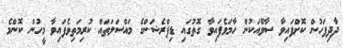
ދާދިފަހުން ކޮށްފައިވާ ސާވޭއަކުން ހާމަވެފައިވާ ގޮތުގައި ޑިޕްރެޝަންގެ މައްސަލަތައް ކުރިމަތިވެފައިވާ މީހުން ކޮންމެ